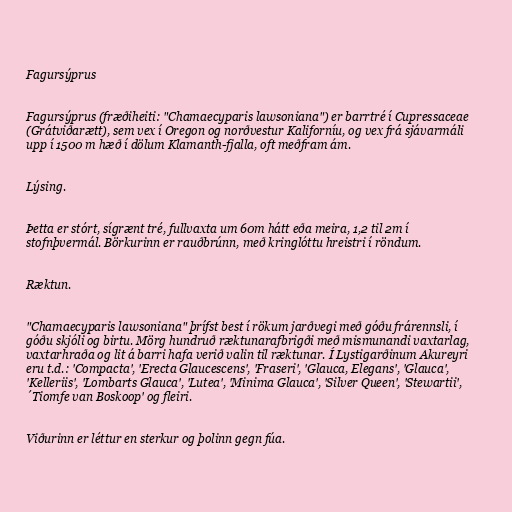
Fagursýprus

Fagursýprus (fræðiheiti: "Chamaecyparis lawsoniana") er barrtré í Cupressaceae
(Grátviðarætt), sem vex í Oregon og norðvestur Kaliforníu, og vex frá sjávarmáli
upp í 1500 m hæð í dölum Klamanth-fjalla, oft meðfram ám.

Lýsing.

Þetta er stórt, sígrænt tré, fullvaxta um 60m hátt eða meira, 1,2 til 2m í
stofnþvermál. Börkurinn er rauðbrúnn, með kringlóttu hreistri í röndum.

Ræktun.

"Chamaecyparis lawsoniana" þrífst best í rökum jarðvegi með góðu frárennsli, í
góðu skjóli og birtu. Mörg hundruð ræktunarafbrigði með mismunandi vaxtarlag,
vaxtarhraða og lit á barri hafa verið valin til ræktunar. Í Lystigarðinum Akureyri
eru t.d.: 'Compacta', 'Erecta Glaucescens', 'Fraseri', 'Glauca, Elegans', 'Glauca',
'Kelleriis', 'Lombarts Glauca', 'Lutea', 'Minima Glauca', 'Silver Queen', 'Stewartii',
´Tiomfe van Boskoop' og fleiri.

Viðurinn er léttur en sterkur og þolinn gegn fúa.